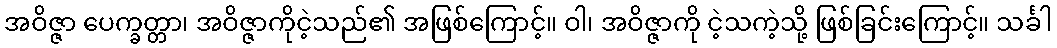
အဝိဇ္ဇာ ပေက္ခတ္တာ၊ အဝိဇ္ဇာကိုငဲ့သည်၏ အဖြစ်ကြောင့်။ ဝါ၊ အဝိဇ္ဇာကို ငဲ့သကဲ့သို့ ဖြစ်ခြင်းကြောင့်။ သင်္ခါ